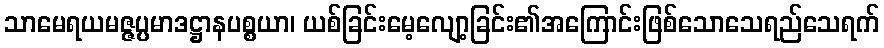
သာမေရယမဇ္ဇပ္ပမာဒဋ္ဌာနပစ္စယာ၊ ယစ်ခြင်းမေ့လျော့ခြင်း၏အကြောင်းဖြစ်သောသေရည်သေရက်